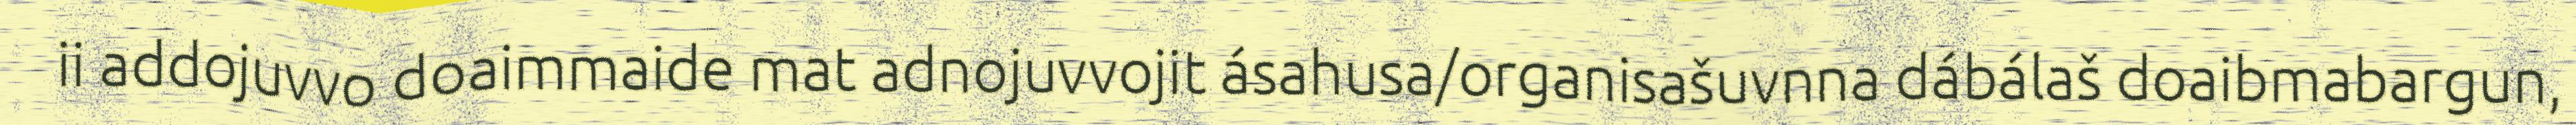
ii addojuvvo doaimmaide mat adnojuvvojit ásahusa/organisašuvnna dábálaš doaibmabargun,